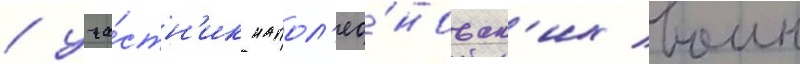
/ уча́стн'ик напол'ео́новск'их воин